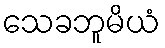
သေခဘူမိယံ